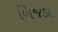
બિજડા